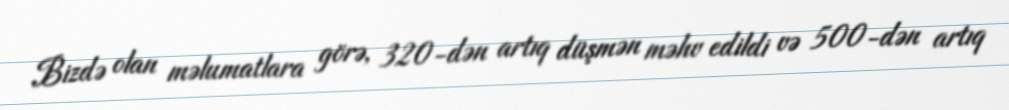
Bizdə olan məlumatlara görə, 320-dən artıq düşmən məhv edildi və 500-dən artıq